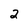
Character: 2